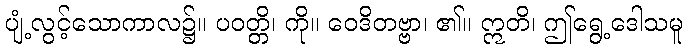
ပျံ့လွင့်သောကာလ၌။ ပဝတ္တိ၊ ကို။ ဝေဒိတဗ္ဗာ၊ ၏။ ဣတိ၊ ဤရွေ့ဒေါသမူ